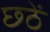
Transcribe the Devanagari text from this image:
छ्ठें